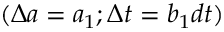
( \Delta a = a _ { 1 } ; \Delta t = b _ { 1 } d t )